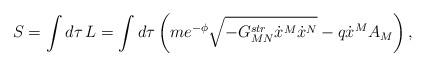
LaTeX: \begin{align*}S=\int d\tau\,L=\int d\tau\left(me^{-\phi}\sqrt{-G^{str}_{MN}\dot{x}^M\dot{x}^N}-q\dot{x}^MA_M\right),\end{align*}